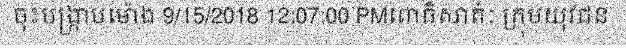
ចុះបង្ក្រាបម៉ោង 9/15/2018 12:07:00 PMពោធិសាត់ៈ ក្រុមយុវជន